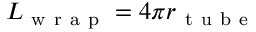
L _ { \mathrm { ~ w ~ r ~ a ~ p ~ } } = 4 \pi r _ { \mathrm { ~ t ~ u ~ b ~ e ~ } }